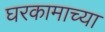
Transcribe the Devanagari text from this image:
घरकामाच्या